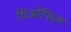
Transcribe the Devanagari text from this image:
थिओफिल